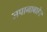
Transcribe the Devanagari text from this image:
जपानाबाहेर